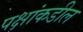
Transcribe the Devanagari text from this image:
पक्षांकडील